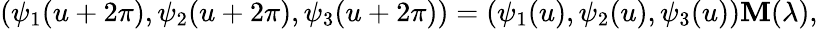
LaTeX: (\psi_{1}(u+2\pi),\psi_{2}(u+2\pi),\psi_{3}(u+2\pi))=(\psi_{1}(u),\psi_{2}(u),\psi_{3}(u)){\mathbf M}(\lambda),